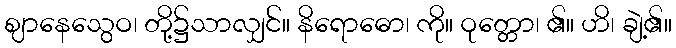
ဈာနေသွေဝ၊ တို့၌သာလျှင်။ နိရောဓော၊ ကို။ ဝုတ္တော၊ ၏။ ဟိ၊ ချဲ့၏။